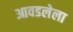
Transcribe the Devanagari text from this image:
आवडलेला